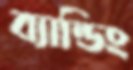
ব্যান্ডিং